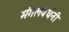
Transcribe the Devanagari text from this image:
मंगलवर्धनी